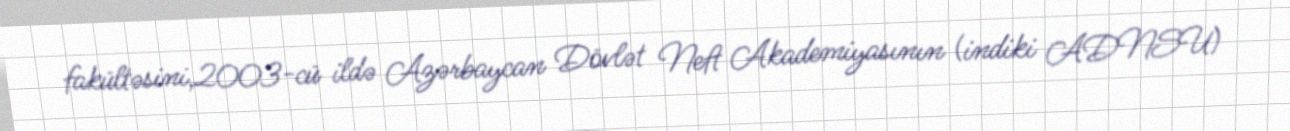
fakültəsini,2003-cü ildə Azərbaycan Dövlət Neft Akademiyasının (indiki ADNSU)